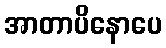
အာတာပိနောပေ